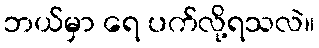
ဘယ်မှာ ရေ ပက်လို့ရသလဲ။